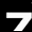
Digit: 7